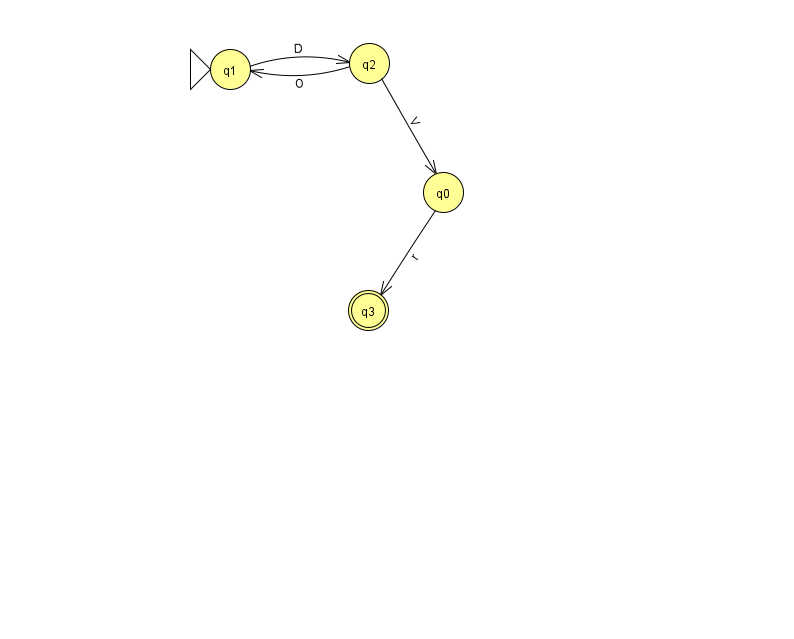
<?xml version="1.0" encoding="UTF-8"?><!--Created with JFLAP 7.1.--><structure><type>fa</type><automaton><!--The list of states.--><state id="0" name="q0"><x>443.0</x><y>179.0</y></state><state id="1" name="q1"><x>230.0</x><y>56.0</y><initial/></state><state id="2" name="q2"><x>369.0</x><y>50.0</y></state><state id="3" name="q3"><x>368.0</x><y>297.0</y><final/></state><!--The list of transitions.--><transition><from>2</from><to>0</to><read>V</read></transition><transition><from>2</from><to>1</to><read>O</read></transition><transition><from>0</from><to>3</to><read>r</read></transition><transition><from>1</from><to>2</to><read>D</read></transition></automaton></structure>